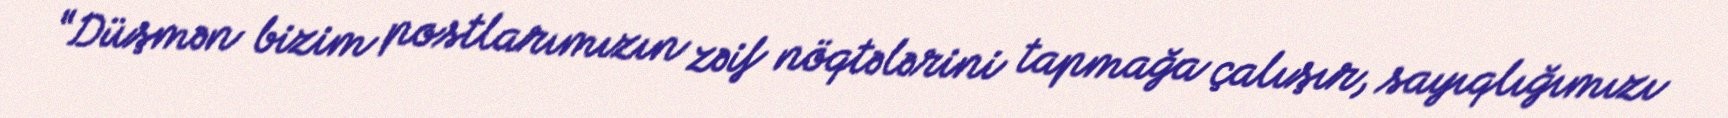
“Düşmən bizim postlarımızın zəif nöqtələrini tapmağa çalışır, sayıqlığımızı